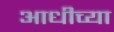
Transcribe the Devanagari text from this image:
आधीच्‍या